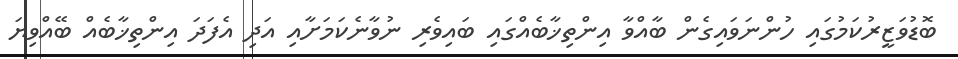
ބޮޑުވަޒީރުކަމުގައި ހުންނަވައިގެން ބާއްވާ އިންތިޚާބެއްގައި ބައިވެރި ނުވާނެކަމަށާއި އަދި އެފަދަ އިންތިޚާބެއް ބޭއްވިޔަ